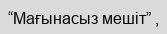
“Мағынасыз мешіт” ,